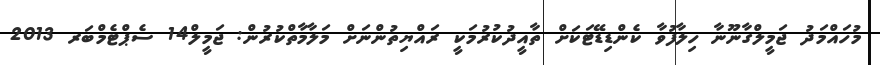
މުހައްމަދު ޖަމީލްގާނޫނާ ހިލާފުވާ ކެންޑިޑޭޓަކަށް ތާއީދުކުރުމަކީ ރައްޔިތުންނަށް މަލާމާތްކުރުން: ޖަމީލް14 ސެޕްޓެމްބަރ 2013